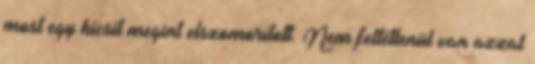
most egy kicsit megint elszomorított. Nem feltétlenül van azzal